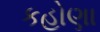
કહોણા